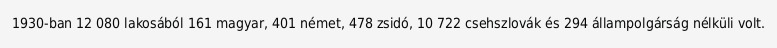
1930-ban 12 080 lakosából 161 magyar, 401 német, 478 zsidó, 10 722 csehszlovák és 294 állampolgárság nélküli volt.